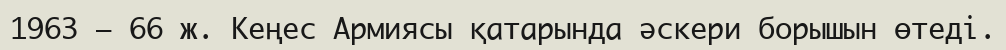
1963 – 66 ж. Кеңес Армиясы қатарында әскери борышын өтеді.